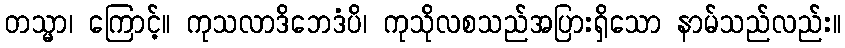
တသ္မာ၊ ကြောင့်။ ကုသလာဒိဘေဒံပိ၊ ကုသိုလစသည်အပြားရှိသော နာမ်သည်လည်း။